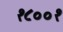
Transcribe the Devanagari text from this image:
१८००१